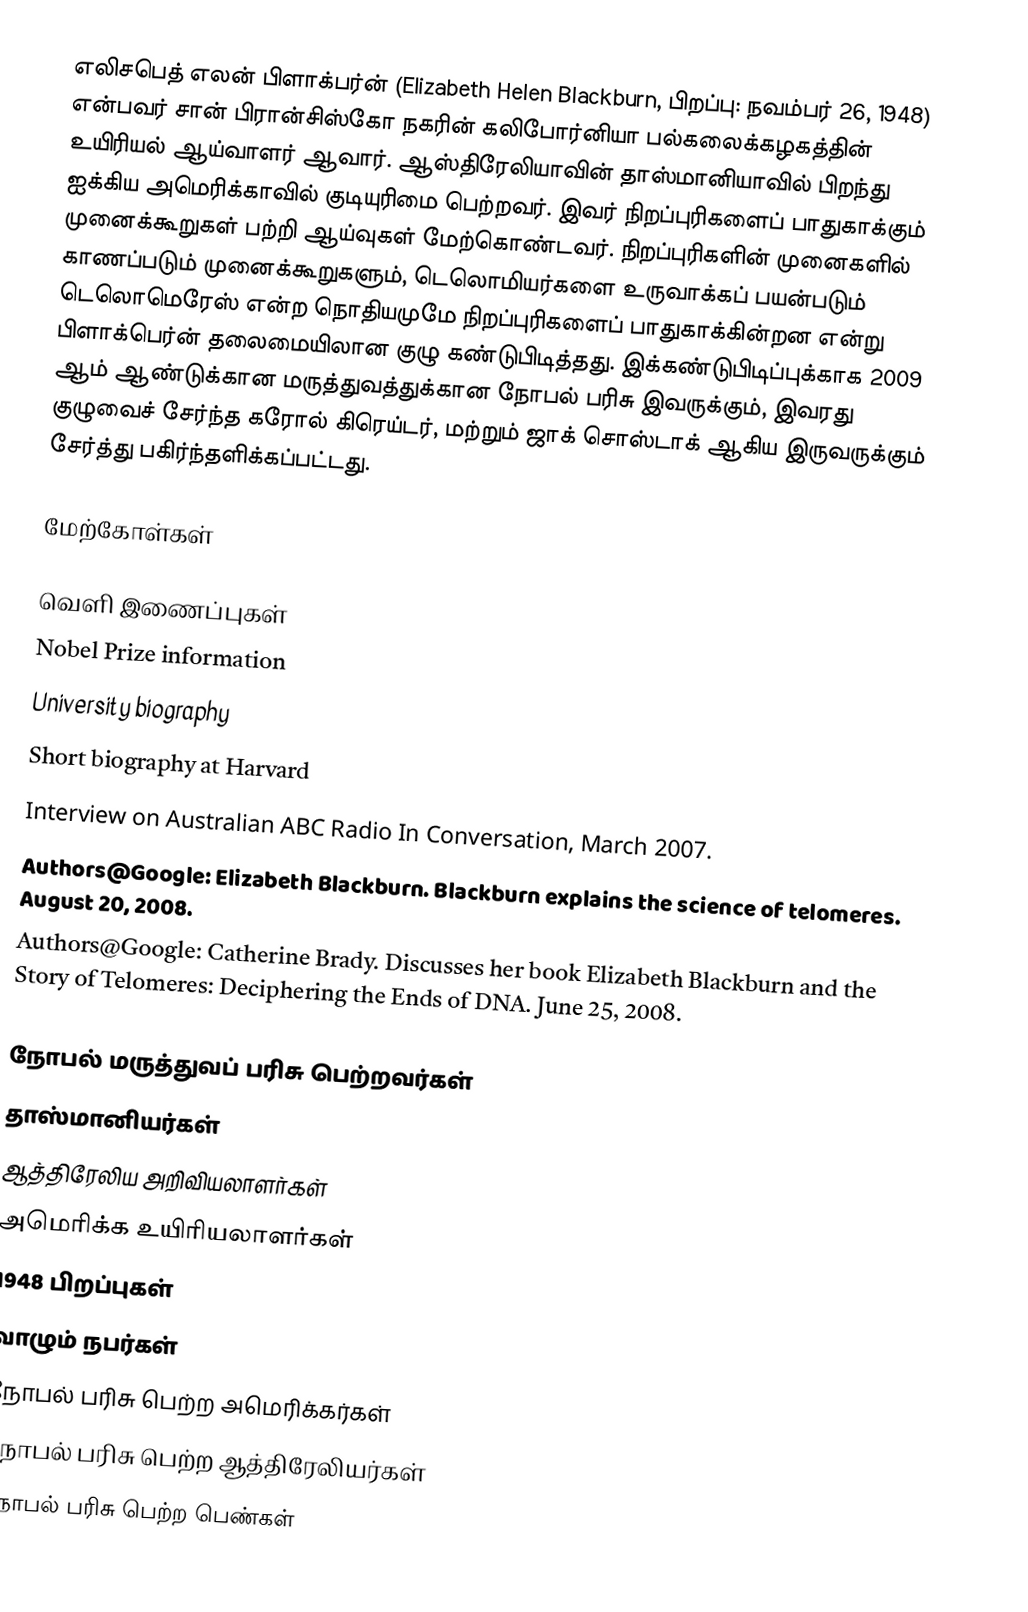
எலிசபெத் எலன் பிளாக்பர்ன் (Elizabeth Helen Blackburn, பிறப்பு: நவம்பர் 26, 1948) என்பவர் சான் பிரான்சிஸ்கோ நகரின் கலிபோர்னியா பல்கலைக்கழகத்தின் உயிரியல் ஆய்வாளர் ஆவார். ஆஸ்திரேலியாவின் தாஸ்மானியாவில் பிறந்து ஐக்கிய அமெரிக்காவில் குடியுரிமை பெற்றவர். இவர் நிறப்புரிகளைப் பாதுகாக்கும் முனைக்கூறுகள் பற்றி ஆய்வுகள் மேற்கொண்டவர். நிறப்புரிகளின் முனைகளில் காணப்படும் முனைக்கூறுகளும், டெலொமியர்களை உருவாக்கப் பயன்படும் டெலொமெரேஸ் என்ற நொதியமுமே நிறப்புரிகளைப் பாதுகாக்கின்றன என்று பிளாக்பெர்ன் தலைமையிலான குழு கண்டுபிடித்தது. இக்கண்டுபிடிப்புக்காக 2009 ஆம் ஆண்டுக்கான மருத்துவத்துக்கான நோபல் பரிசு இவருக்கும், இவரது குழுவைச் சேர்ந்த கரோல் கிரெய்டர், மற்றும் ஜாக் சொஸ்டாக் ஆகிய இருவருக்கும் சேர்த்து பகிர்ந்தளிக்கப்பட்டது.

மேற்கோள்கள்

வெளி இணைப்புகள்
 Nobel Prize information
 University biography
 Short biography at Harvard
 Interview on Australian ABC Radio In Conversation, March 2007.
 Authors@Google: Elizabeth Blackburn. Blackburn explains the science of telomeres. August 20, 2008.
 Authors@Google: Catherine Brady. Discusses her book Elizabeth Blackburn and the Story of Telomeres: Deciphering the Ends of DNA. June 25, 2008.

நோபல் மருத்துவப் பரிசு பெற்றவர்கள்
தாஸ்மானியர்கள்
ஆத்திரேலிய அறிவியலாளர்கள்
அமெரிக்க உயிரியலாளர்கள்
1948 பிறப்புகள்
வாழும் நபர்கள்
நோபல் பரிசு பெற்ற அமெரிக்கர்கள்
நோபல் பரிசு பெற்ற ஆத்திரேலியர்கள்
நோபல் பரிசு பெற்ற பெண்கள்